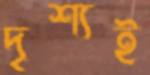
দৃশ্যই